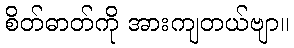
စိတ်ဓာတ်ကို အားကျတယ်ဗျာ။